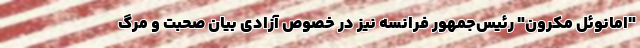
"امانوئل مکرون" رئیس‌جمهور فرانسه نیز در خصوص آزادی بیان صحبت و مرگ